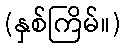
(နှစ်ကြိမ်။)